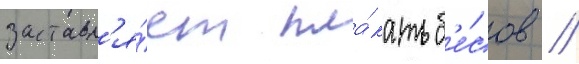
заставл'я́ет пла́кать б'е́сов //